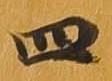
四